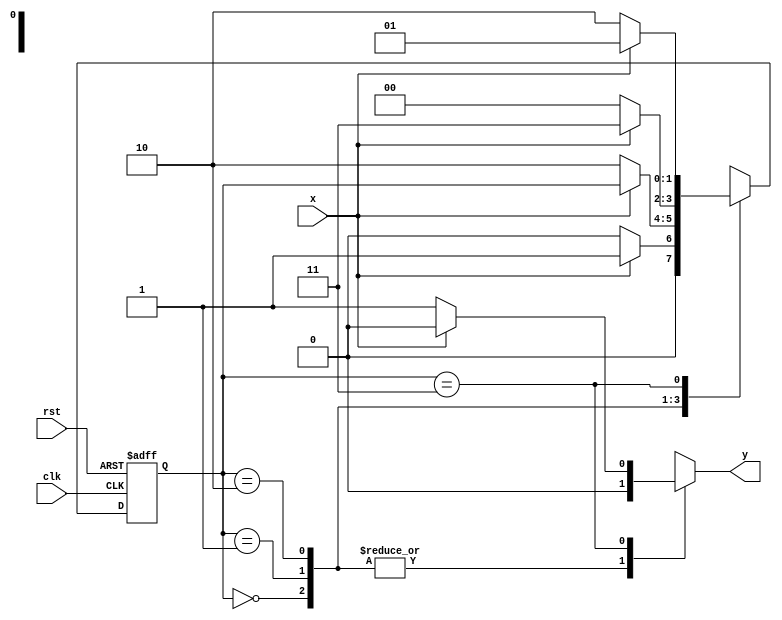
`timescale 1ns / 1ps
//////////////////////////////////////////////////////////////////////////////////
// Company: 
// Engineer: 
// 
// Design Name: 
// Module Name: mealyoverlap_1010
// Project Name: 
// Target Devices: 
// Tool Versions: 
// Description: 
// 
// Dependencies: 
// 
// Revision:
// Revision 0.01 - File Created
// Additional Comments:
// 
//////////////////////////////////////////////////////////////////////////////////


module mealyoverlap_1010(output reg y, input clk,rst,x);
 reg [1:0]cs,ns;
   parameter s0=2'b00,s1=2'b01, s2=2'b10, s3=2'b11;
   always @ (posedge clk or posedge rst) begin
       if(rst)
           cs<=s0;
       else
           cs<=ns;
       end
   always @ (cs or x) begin
       case(cs)
           s0:begin ns=x?s1:s0; y=0; end
           s1:begin ns=x?cs:s2; y=0; end
           s2:begin ns=x?s3:s0; y=0; end
           s3:begin ns=x?s1:s2; y=x?0:1; end
           default: ns=s0;
       endcase
   end
endmodule